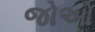
જોઓ